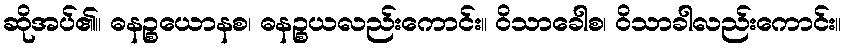
ဆိုအပ်၏။ ဓနဉ္စယောနစ၊ ဓနဉ္စယလည်းကောင်း။ ဝိသာခေါစ၊ ဝိသာခါလည်းကောင်း။